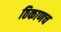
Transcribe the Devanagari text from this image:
ठिकाणच